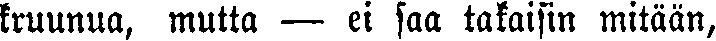
kruunua, mutta — ei saa takaisin mitään,